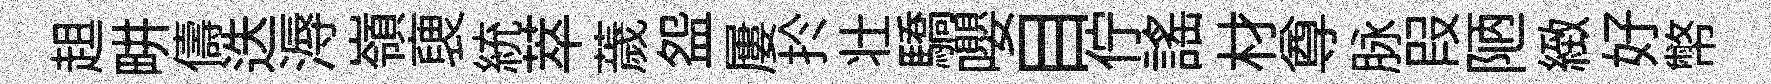
趄畊儔迭溽嶺褏統萃薉盌屢扵壮驕嚶目佇謡材尊脉叚陋緻好幣